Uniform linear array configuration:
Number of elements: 64
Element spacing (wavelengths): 0.75
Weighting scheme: blackman
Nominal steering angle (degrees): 45
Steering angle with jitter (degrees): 46.387
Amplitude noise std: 0.05
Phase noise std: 0.05

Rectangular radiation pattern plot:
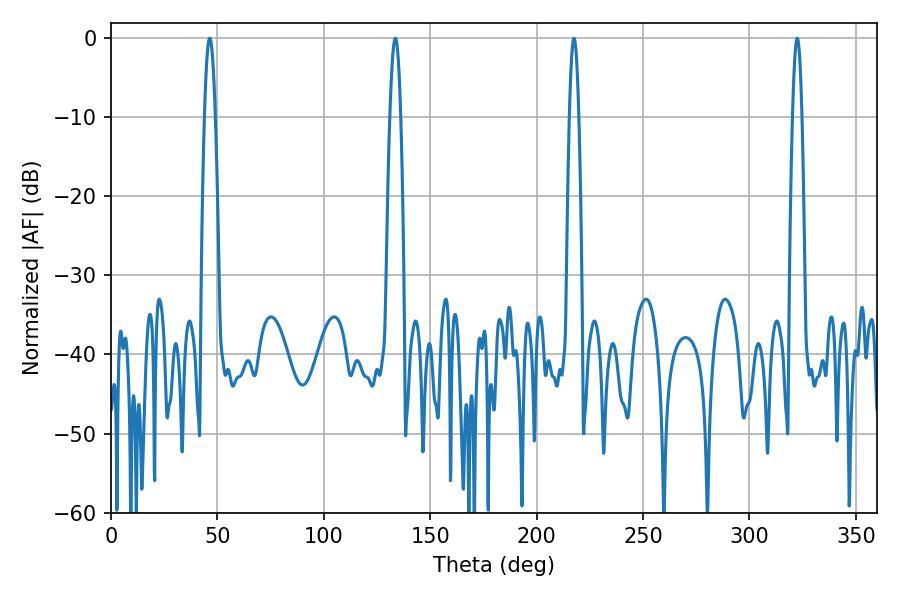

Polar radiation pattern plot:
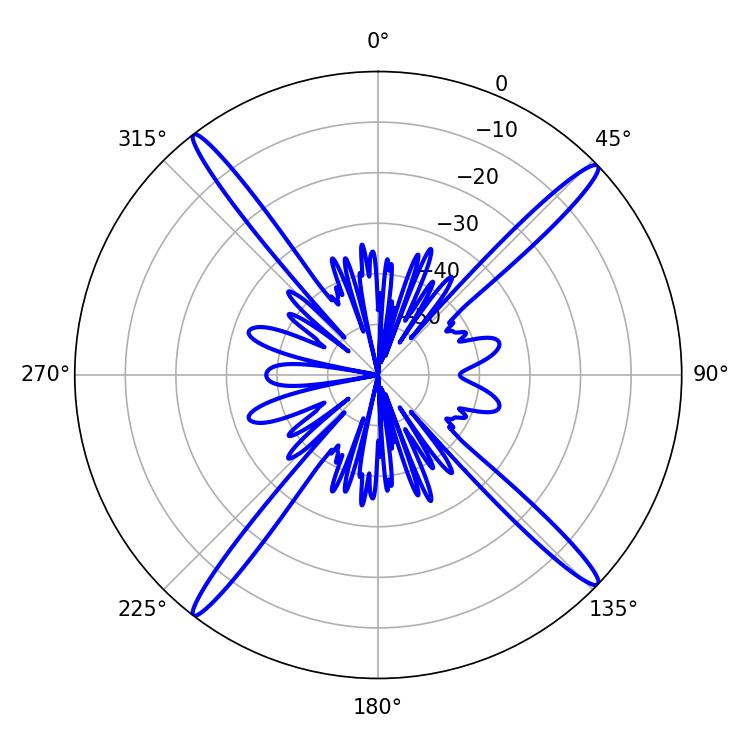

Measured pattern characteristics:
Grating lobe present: TRUE
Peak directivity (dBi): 19.849
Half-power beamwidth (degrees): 2.7
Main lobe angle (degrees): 133.56